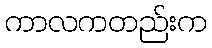
ကာလကတည်းက